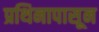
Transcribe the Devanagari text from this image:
प्रथिनापासून